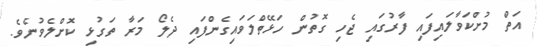
އަތް މުށްކަވާލައިފައި ފާރުގައި ޖެހި ގޮތުން ހަޅޭތްލަވައިގެންފައި ދެލޯ މަރާ ތަގުޅި ކޮށްލެވުނެވެ.